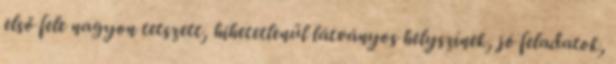
első fele nagyon tetszett, hihetetlenül látványos helyszínek, jó feladatok,